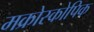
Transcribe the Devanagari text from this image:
मक्रोस्कोपिक